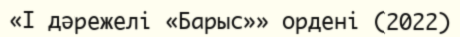
«I дәрежелі «Барыс»» ордені (2022)